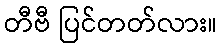
တီဗီ ပြင်တတ်လား။